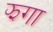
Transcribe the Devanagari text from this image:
झगा